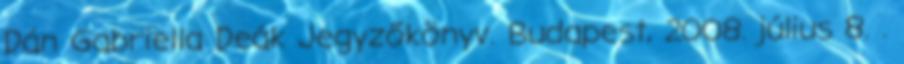
Dán Gabriella Deák Jegyzőkönyv. Budapest, 2008. július 8. .